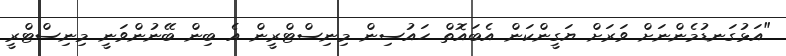
"އަޅުގަނޑުމެންނަށް ވަރަށް ޔަގީންކަން އެބައޮތް ހައުސިން މިނިސްޓްރީން އެ ބިން ބޭނުންވަނީ މިނިސްޓްރީ